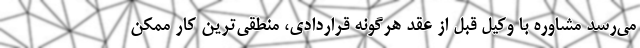
می‌رسد مشاوره با وکیل قبل از عقد هرگونه قراردادی، منطقی‌ترین کار ممکن